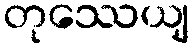
တုဿေယျ